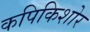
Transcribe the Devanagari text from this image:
कपिकिशोर